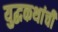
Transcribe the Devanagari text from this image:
युद्धकथांची